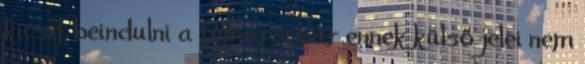
kicsit beindulni a témára, bár ennek külső jelei nem